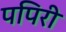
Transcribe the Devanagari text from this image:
पपिरी